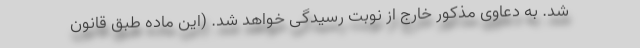
شد. به دعاوی مذکور خارج از نوبت رسیدگی خواهد شد. (این ماده طبق قانون